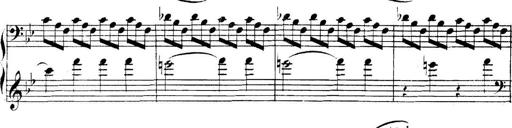
Title: Collected Piano Sonatas
Composer: Muzio Clementi